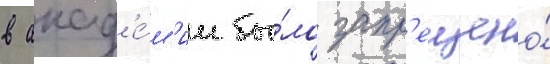
в акад'е́м'ии бы́ло запр'ещено́